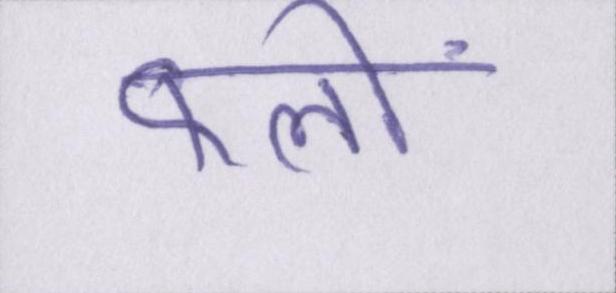
फलों